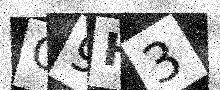
Text: G9H3